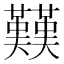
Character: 𱕭